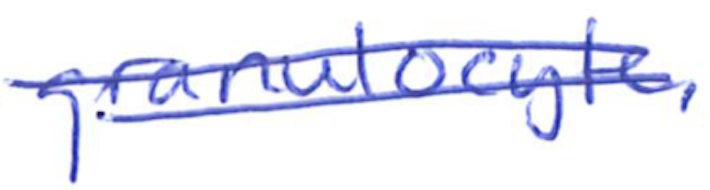
Text: granulocyte.
Cross-out: double-line
Writing tool: ballpoint